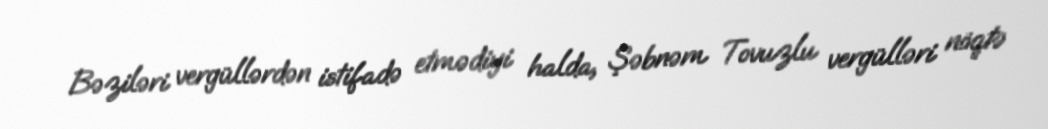
Bəziləri vergüllərdən istifadə etmədiyi halda, Şəbnəm Tovuzlu vergülləri nöqtə